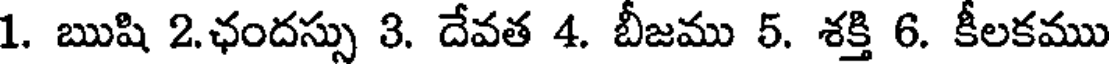
1. ఋషి 2.ఛందస్సు 3. దేవత 4. బీజము 5. శక్తి 6. కీలకము